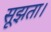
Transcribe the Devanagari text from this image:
सूझता।